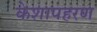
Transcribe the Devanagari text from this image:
केशापहरण